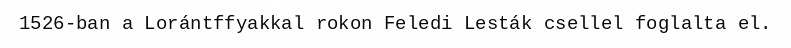
1526-ban a Lorántffyakkal rokon Feledi Lesták csellel foglalta el.